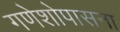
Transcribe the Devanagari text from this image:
गणेशोपासना